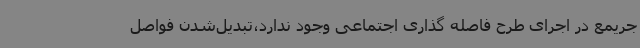
جریمع در اجرای طرح فاصله گذاری اجتماعی وجود ندارد،تبدیل‌شدن فواصل